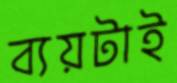
ব্যয়টাই